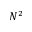
N ^ { 2 }